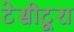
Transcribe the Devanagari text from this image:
टेसीटूरा